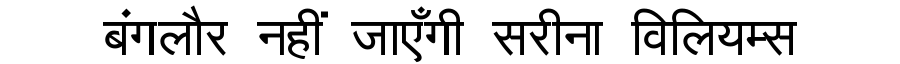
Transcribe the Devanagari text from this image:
बंगलौर नहीं जाएँगी सरीना विलियम्स